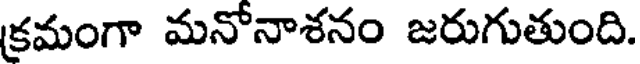
క్రమంగా మనోనాశనం జరుగుతుంది.